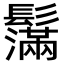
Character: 𩯮